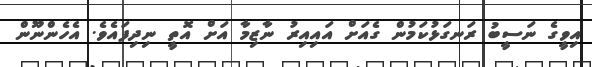
އިވީގެ ނަސީބު ރަނގަޅުކަމުން ގެއަށް އައިއިރު ނާޒިމާ އަށް އޮތީ ނިދިފައެވެ. އެހެންނޫން